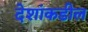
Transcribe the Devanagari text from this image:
देशांकडील